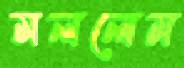
মললেম